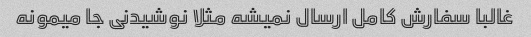
غالبا سفارش کامل ارسال نمیشه مثلا نوشیدنی جا میمونه